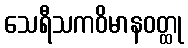
သေရီသကဝိမာနဝတ္ထု